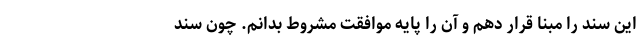
این سند را مبنا قرار دهم و آن را پایه موافقت مشروط بدانم. چون سند